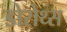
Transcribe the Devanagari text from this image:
डोरोथ्स